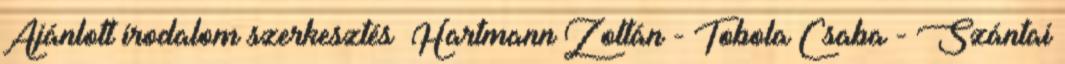
Ajánlott irodalom szerkesztés Hartmann Zoltán - Tobola Csaba - Szántai